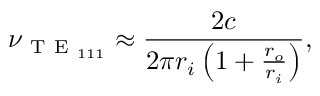
\nu _ { \mathrm { ~ T ~ E ~ } _ { 1 1 1 } } \approx \frac { 2 c } { 2 \pi r _ { i } \left( 1 + \frac { r _ { o } } { r _ { i } } \right) } ,